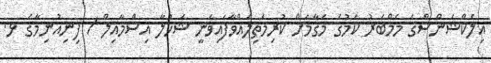
އިލެކްޝަންސްގެ މެމްބަރު ކަމުގެ މަގާމަށް ކުރިމަތިލައްވާފައިވަނީ ޝަހުލާ އިސްމާއިލް / ފިނިއުނިމާގެ ޅ.